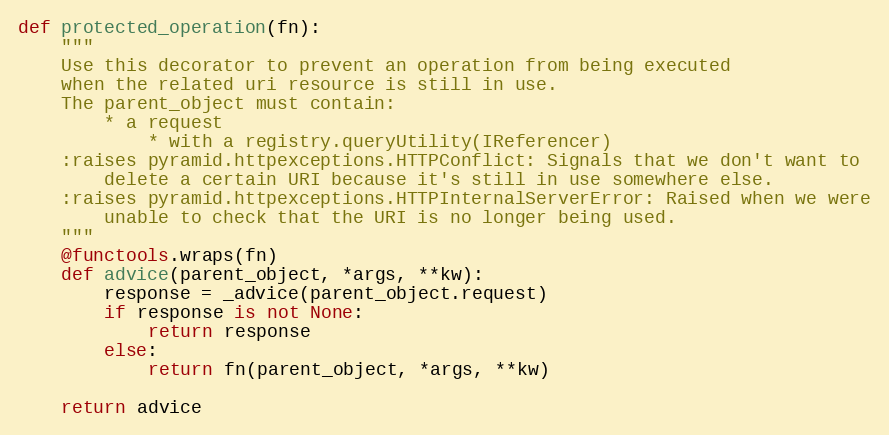
Language: Python
def protected_operation(fn):
    """
    Use this decorator to prevent an operation from being executed
    when the related uri resource is still in use.
    The parent_object must contain:
        * a request
            * with a registry.queryUtility(IReferencer)
    :raises pyramid.httpexceptions.HTTPConflict: Signals that we don't want to
        delete a certain URI because it's still in use somewhere else.
    :raises pyramid.httpexceptions.HTTPInternalServerError: Raised when we were
        unable to check that the URI is no longer being used.
    """
    @functools.wraps(fn)
    def advice(parent_object, *args, **kw):
        response = _advice(parent_object.request)
        if response is not None:
            return response
        else:
            return fn(parent_object, *args, **kw)

    return advice